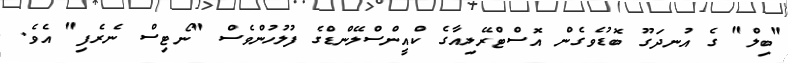
"ބިލް" ގެ އުނދަގޫ ބޮޑުވެގެން އޮސްޓްރޭލިއާގެ ކްއީންސްލޭންޑްގެ ފުލުހުންވެސް "ނޯޓިސް ނެރެފި" އެވެ.